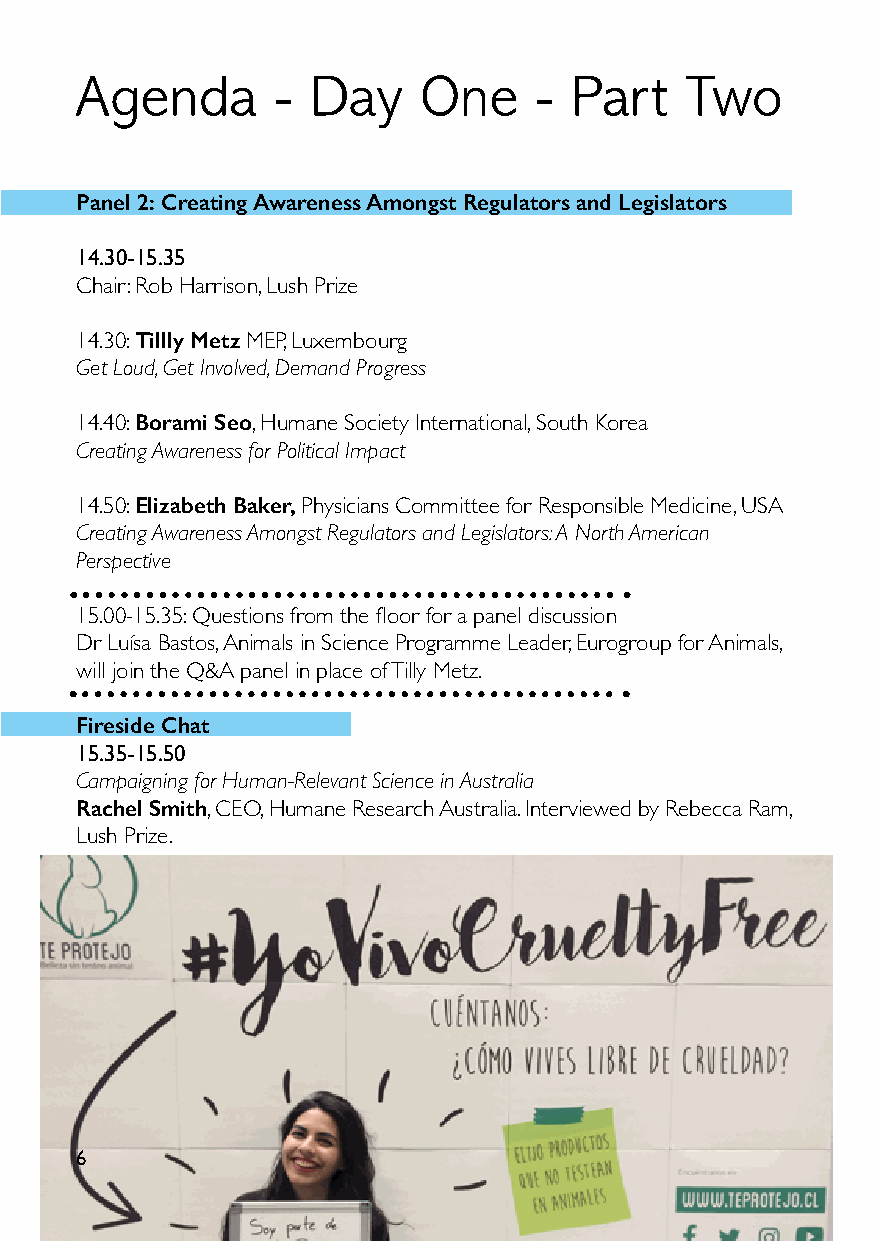
Agenda       - Day     One    -  Part   Two
 Panel 2: Creating Awareness Amongst Regulators and Legislators
 14.30-15.35
 Chair: Rob Harrison, Lush Prize
 14.30: Tillly Metz MEP, Luxembourg
 Get Loud, Get Involved, Demand Progress
 14.40: Borami Seo, Humane Society International, South Korea
 Creating Awareness for Political Impact
 14.50: Elizabeth Baker, Physicians Committee for Responsible Medicine, USA
 Creating Awareness Amongst Regulators and Legislators: A North American
 Perspective
 15.00-15.35: Questions from the floor for a panel discussion
 Dr Luísa Bastos, Animals in Science Programme Leader, Eurogroup for Animals,
 will join the Q&A panel in place of Tilly Metz.
 Fireside Chat
 15.35-15.50
 Campaigning for Human-Relevant Science in Australia
 Rachel Smith, CEO, Humane Research Australia. Interviewed by Rebecca Ram,
 Lush Prize.
 6